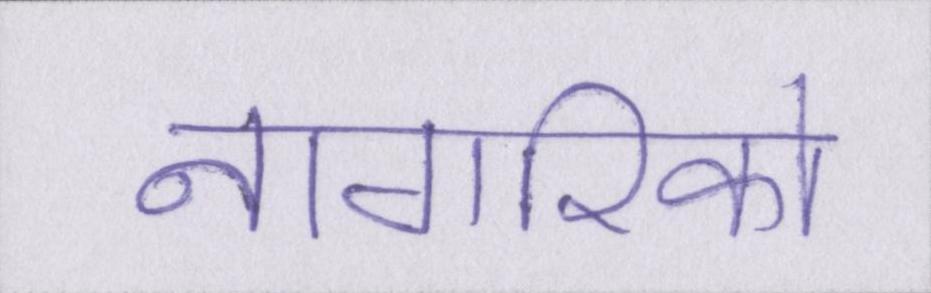
नागरिको